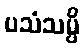
ပသံသမ္ပိ